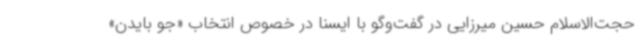
حجت‌الاسلام حسین میرزایی در گفت‌وگو با ایسنا در خصوص انتخاب «جو بایدن»